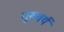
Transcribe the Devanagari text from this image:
गुरूवर्य